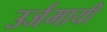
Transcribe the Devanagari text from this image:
उर्जमायी